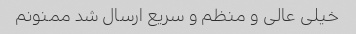
خیلی عالی و منظم و سریع ارسال شد ممنونم